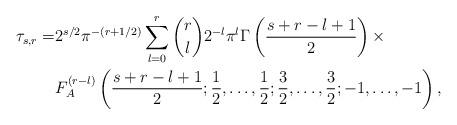
LaTeX: \begin{align*}\tau_{s,r}=&2^{s/2}\pi^{-(r+1/2)}\sum_{\substack{l=0\\}}^r\binom{r}{l} 2^{-l}\pi^l\Gamma\left(\frac{s+r-l+1}{2}\right)\times\\&F_A^{(r-l)}\left(\frac{s+r-l+1}{2};\frac{1}{2},\ldots,\frac{1}{2};\frac{3}{2},\ldots,\frac{3}{2};-1,\ldots,-1\right),\end{align*}